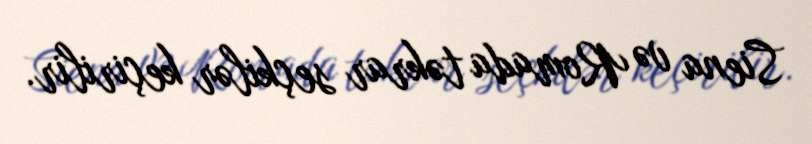
Siena və Romada təkrar seçkilər keçirilir.